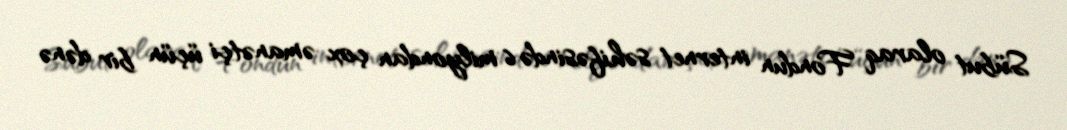
Sübut olaraq Fondun internet səhifəsində 6 milyondan çox əmanətçi üçün bir dənə